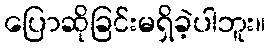
ပြောဆိုခြင်းမရှိခဲ့ပါဘူး။